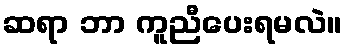
ဆရာ ဘာ ကူညီပေးရမလဲ။